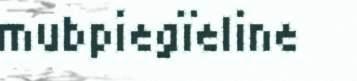
mubpiegïeline